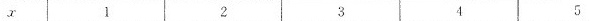
x 1 2 3 4 5